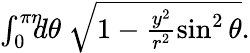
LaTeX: \begin{array}{r}{\int_{0}^{\pi\eta}\! \! \! d\theta\ \sqrt{1-\frac{y^{2}}{r^{2}}\sin^{2}\theta}.}\end{array}